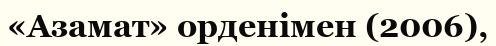
«Азамат» орденімен (2006),